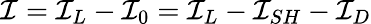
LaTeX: \mathcal{I}=\mathcal{I}_{L}-\mathcal{I}_{0}=\mathcal{I}_{L}-\mathcal{I}_{SH}-\mathcal{I}_{D}